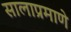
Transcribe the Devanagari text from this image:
सालाप्रमाणे